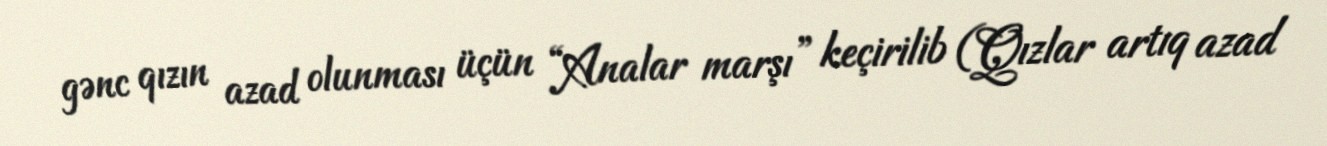
gənc qızın azad olunması üçün “Analar marşı” keçirilib (Qızlar artıq azad